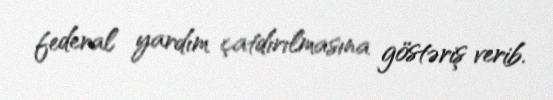
federal yardım çatdırılmasına göstəriş verib.